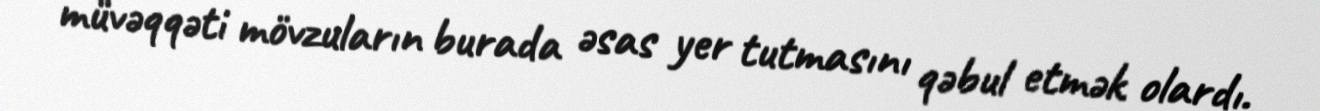
müvəqqəti mövzuların burada əsas yer tutmasını qəbul etmək olardı.